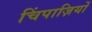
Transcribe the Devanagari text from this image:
चिंपाज़ियों